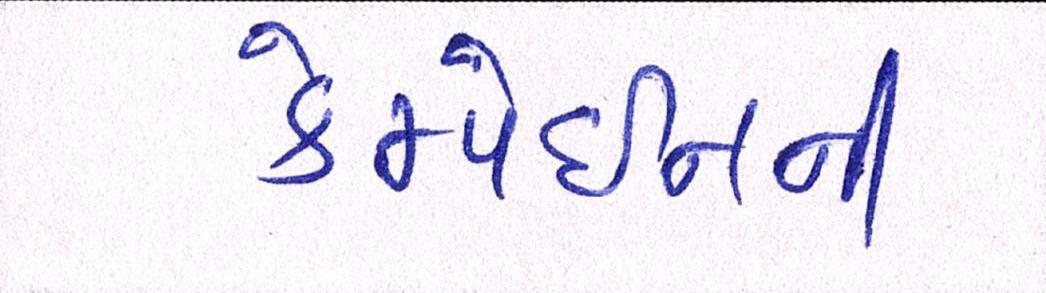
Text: કેમ્પેઇનની